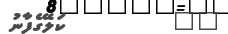
٢٠         ކަލޭގެފާނު